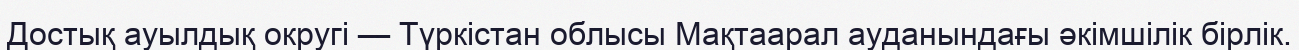
Достық ауылдық округі — Түркістан облысы Мақтаарал ауданындағы әкімшілік бірлік.